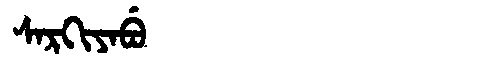
Manchu: ᠰᠠᡵᡴᡳᠶᠠᠪᡠ
Romanization: SARKIYABU